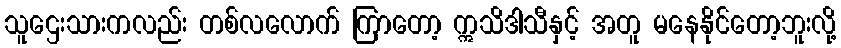
သူဌေးသားကလည်း တစ်လလောက် ကြာတော့ ဣသိဒါသီနှင့် အတူ မနေနိုင်တော့ဘူးလို့